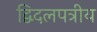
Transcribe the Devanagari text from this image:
द्विदलपत्रीय